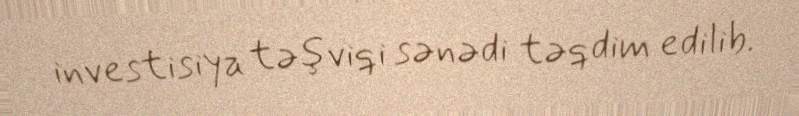
investisiya təşviqi sənədi təqdim edilib.